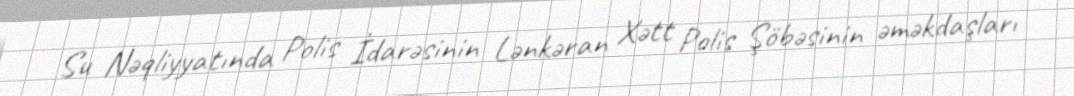
Su Nəqliyyatında Polis İdarəsinin Lənkəran Xətt Polis Şöbəsinin əməkdaşları